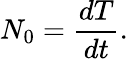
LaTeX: N_{0}=\frac{dT}{dt}.